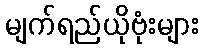
မျက်ရည်ယိုဗုံးများ